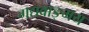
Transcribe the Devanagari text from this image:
गद्यवाङ्‌मय